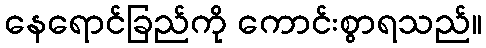
နေရောင်ခြည်ကို ကောင်းစွာရသည်။